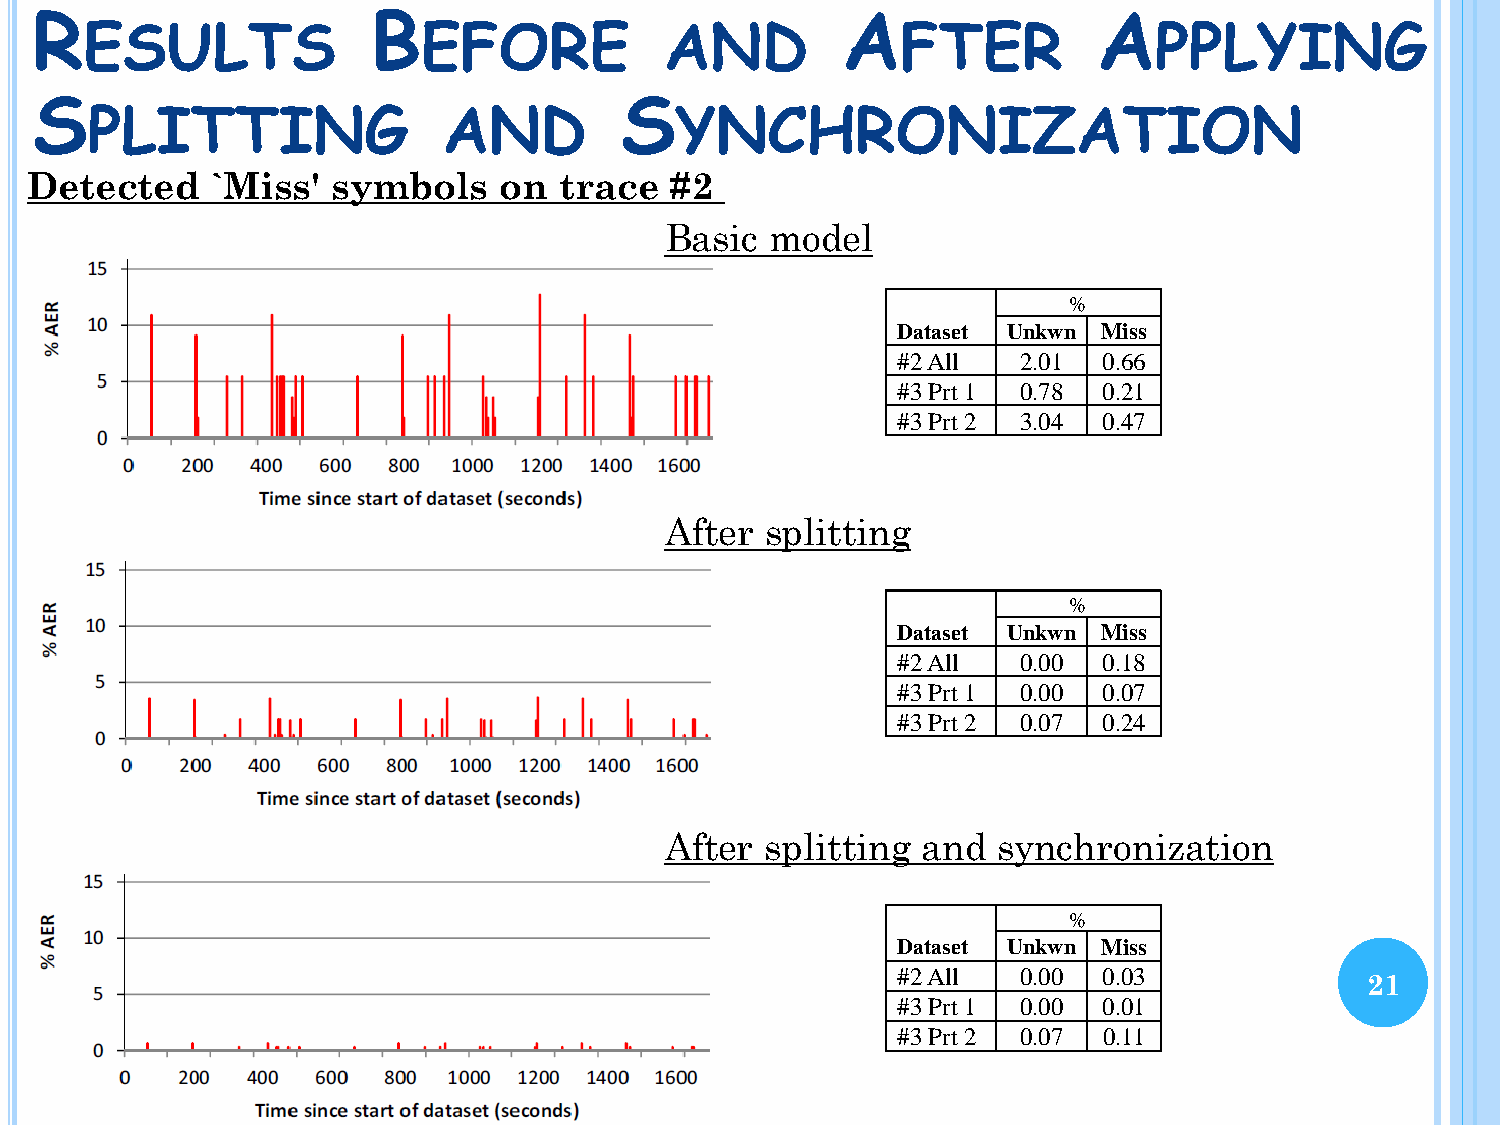
R                      B                              A                A
 ESULTS                EFORE           AND             FTER            PPLYING
 S                                      S
 PLITTING               AND             YNCHRONIZATION
 Detected    `Miss'  symbols    on  trace  #2
 Basic  model
 %
 Dataset Unkwn Miss
 #2 All   2.01 0.66
 #3 Prt 1 0.78 0.21
 #3 Prt 2 3.04 0.47
 After  splitting
 %
 Dataset Unkwn Miss
 #2 All   0.00 0.18
 #3 Prt 1 0.00 0.07
 #3 Prt 2 0.07 0.24
 After  splitting and  synchronization
 %
 Dataset Unkwn Miss
 #2 All   0.00 0.03             21
 #3 Prt 1 0.00 0.01
 #3 Prt 2 0.07 0.11